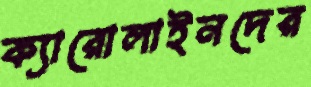
ক্যারোলাইনদের